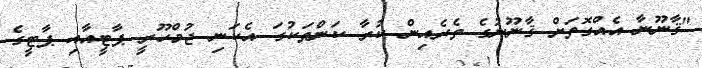
"ޤާނޫނާ އެއްގޮތަށް ޤާނޫނުގެ ތެރެއިން ކުރާ ކަންތަކުގަ އެކަނި ޖުމްހޫރީ ޕާޓީއާއި ޕާޓީގެ